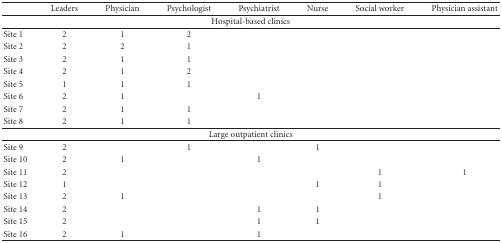
<table><thead><tr><td></td><td><b>Leaders</b></td><td><b>Physician</b></td><td><b>Psychologist</b></td><td><b>Psychiatrist</b></td><td><b>Nurse</b></td><td><b>Social worker</b></td><td><b>Physician assistant</b></td></tr></thead><tbody><tr><td colspan="8">Hospital-based clinics</td></tr><tr><td>Site 1</td><td>2</td><td>1</td><td>2</td><td></td><td></td><td></td><td></td></tr><tr><td>Site 2</td><td>2</td><td>2</td><td>1</td><td></td><td></td><td></td><td></td></tr><tr><td>Site 3</td><td>2</td><td>1</td><td>1</td><td></td><td></td><td></td><td></td></tr><tr><td>Site 4</td><td>2</td><td>1</td><td>2</td><td></td><td></td><td></td><td></td></tr><tr><td>Site 5</td><td>1</td><td>1</td><td>1</td><td></td><td></td><td></td><td></td></tr><tr><td>Site 6</td><td>2</td><td>1</td><td></td><td>1</td><td></td><td></td><td></td></tr><tr><td>Site 7</td><td>2</td><td>1</td><td>1</td><td></td><td></td><td></td><td></td></tr><tr><td>Site 8</td><td>2</td><td>1</td><td>1</td><td></td><td></td><td></td><td></td></tr><tr><td colspan="8">Large outpatient clinics</td></tr><tr><td>Site 9</td><td>2</td><td></td><td>1</td><td></td><td>1</td><td></td><td></td></tr><tr><td>Site 10</td><td>2</td><td>1</td><td></td><td>1</td><td></td><td></td><td></td></tr><tr><td>Site 11</td><td>2</td><td></td><td></td><td></td><td></td><td>1</td><td>1</td></tr><tr><td>Site 12</td><td>1</td><td></td><td></td><td></td><td>1</td><td>1</td><td></td></tr><tr><td>Site 13</td><td>2</td><td>1</td><td></td><td></td><td></td><td>1</td><td></td></tr><tr><td>Site 14</td><td>2</td><td></td><td></td><td>1</td><td>1</td><td></td><td></td></tr><tr><td>Site 15</td><td>2</td><td></td><td></td><td>1</td><td>1</td><td></td><td></td></tr><tr><td>Site 16</td><td>2</td><td>1</td><td></td><td>1</td><td></td><td></td><td></td></tr></tbody></table>